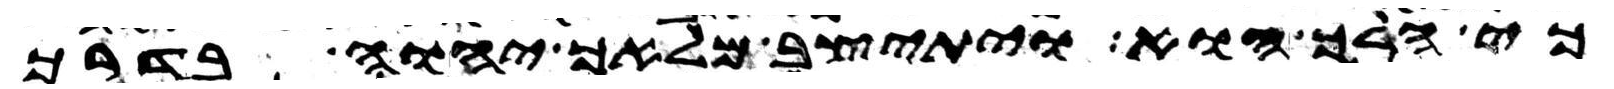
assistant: כי הלך הוא ויתיצב מלאך יהוה בדרך